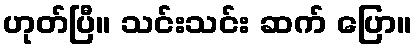
ဟုတ်ပြီ။ သင်းသင်း ဆက် ပြော။